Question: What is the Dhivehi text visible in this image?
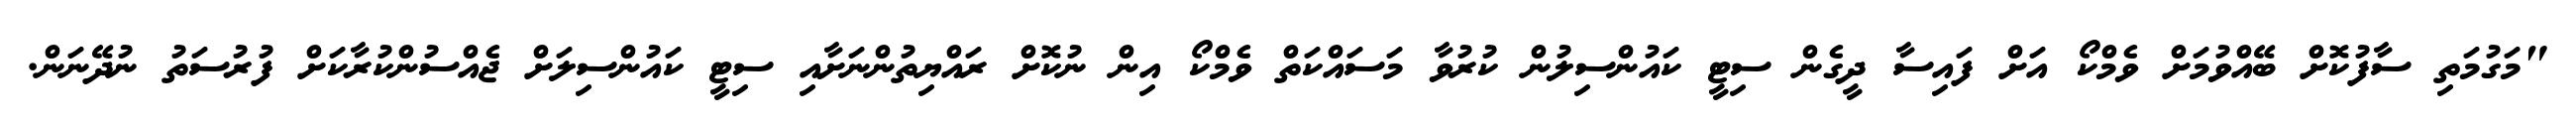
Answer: "މަގުމަތި ސާފުކޮށް ބޭއްވުމަށް ވެމްކޯ އަށް ފައިސާ ދީގެން ސިޓީ ކައުންސިލުން ކުރުވާ މަސައްކަތް ވެމްކޯ އިން ނުކޮށް ރައްޔިތުންނަށާއި ސިޓީ ކައުންސިލަށް ޖެއްސުންކުރާކަށް ފުރުސަތު ނުދޭނަން.